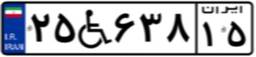
۲۵W۶۳۸۱۵